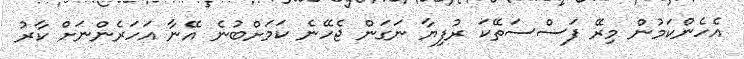
އެހެންކަމުން މިރޭ ފަސްސަތޭކަ ރުފިޔާ ނަގަން ޖެހޭނެ ކަމަށްބުނެ އޭނާ އަހަރެންނަށް ކާރު